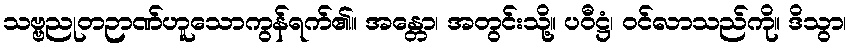
သဗ္ဗညုတဉာဏ်ဟူသောကွန်ရက်၏။ အန္တော၊ အတွင်းသို့။ ပဝီဋ္ဌံ၊ ဝင်လာသည်ကို။ ဒိသွာ၊